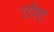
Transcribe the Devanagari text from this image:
एरेट